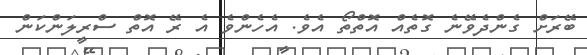
ބޭރަށް ގެންދެވޭނެ ގޮތެއް އޮތްތޯ އެވެ. އެހެންވެ އެ ރޭ އޮތް ސްރީލަންކަން